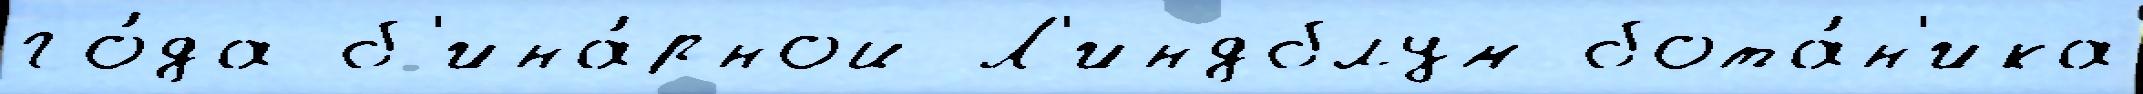
го́да б'ина́рной Л'индблум бота́н'ика